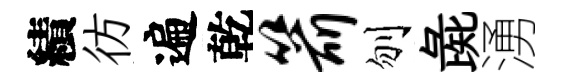
績彷遍乾箭刎彘湧